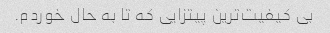
بی کیفیت‌ترین پیتزایی که تا به حال خوردم.